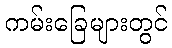
ကမ်းခြေများတွင်